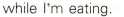
while I'm eating.